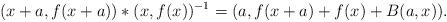
LaTeX: \begin{align*}(x+a,f(x+a))\ast(x,f(x))^{-1}=(a,f(x+a)+f(x)+B(a,x)). \end{align*}